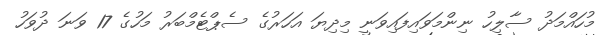
މުހައްމަދު ސާލިހު ނިންމަވައިފައިވަނީ މިދިޔަ އަހަރުގެ ސެޕްޓެމްބަރު މަހުގެ 17 ވަނަ ދުވަހު